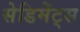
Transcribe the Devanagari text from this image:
सेडिमेंट्स